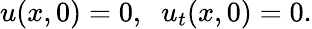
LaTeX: u(x,0)=0,\; \; u_{t}(x,0)=0.